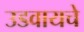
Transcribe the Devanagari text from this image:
उडवायचे